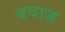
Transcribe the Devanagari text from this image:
बवाज़